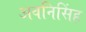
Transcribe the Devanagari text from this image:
अवनिसिंह